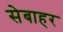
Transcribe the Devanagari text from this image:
सेबाहर